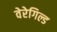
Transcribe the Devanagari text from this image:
वेरेगिल्ड